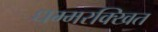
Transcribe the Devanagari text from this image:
धम्मरक्खित